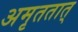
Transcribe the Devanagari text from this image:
अमृततात्